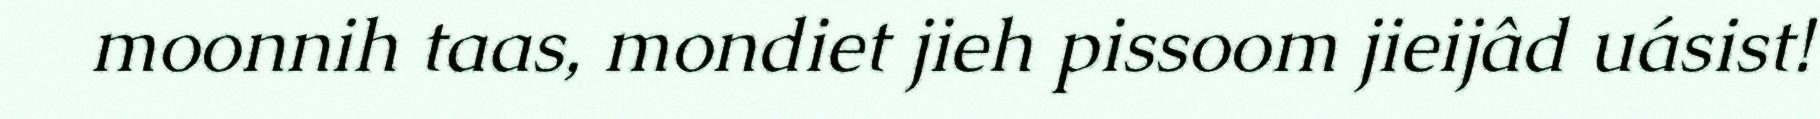
moonnih taas, mondiet jieh pissoom jieijâd uásist!